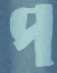
প